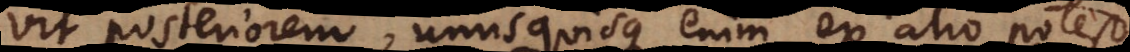
vit posteriorem, unusquisque enim ex alio potest